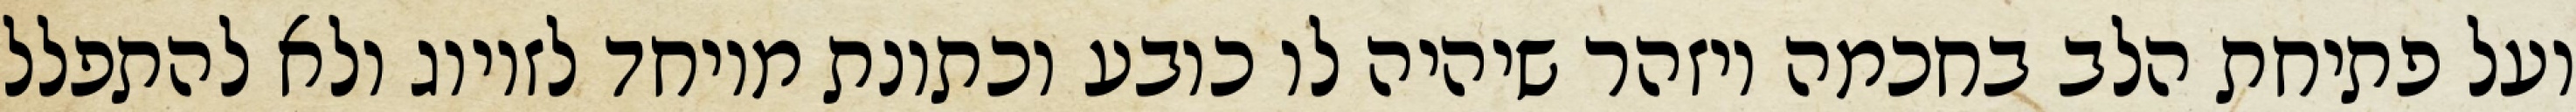
ועל פתיחת הלב בחכמה ויזהר שיהיה לו כובע וכתונת מיוחד לזיווג ולא להתפלל